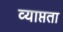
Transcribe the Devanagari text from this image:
व्याप्तता